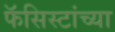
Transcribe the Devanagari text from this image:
फॅसिस्टांच्या